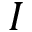
I